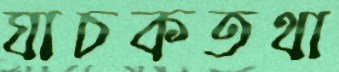
যাচকতথা